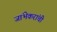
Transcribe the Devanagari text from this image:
जांभेकरांची